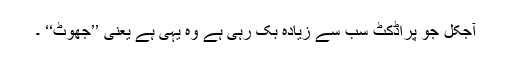
آجکل جو پراڈکٹ سب سے زیادہ بک رہی ہے وہ یہی ہے یعنی ’’جھوٹ‘‘ ۔